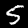
Label: 5